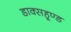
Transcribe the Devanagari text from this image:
डाक्सहूण्ड